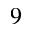
^ 9